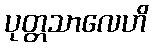
ပုတ္တသာလေဟိ